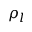
\rho _ { l }